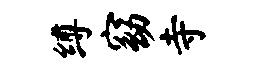
缚窈寺